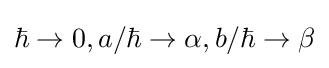
\hbar \to 0,a/\hbar \to \alpha ,b/\hbar \to \beta